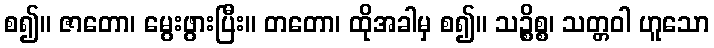
စ၍။ ဇာတော၊ မွေးဖွားပြီး။ တတော၊ ထိုအခါမှ စ၍။ သဉ္စိစ္စ၊ သတ္တဝါ ဟူသော